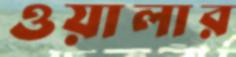
ওয়ালার